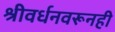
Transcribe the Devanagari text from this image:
श्रीवर्धनवरूनही